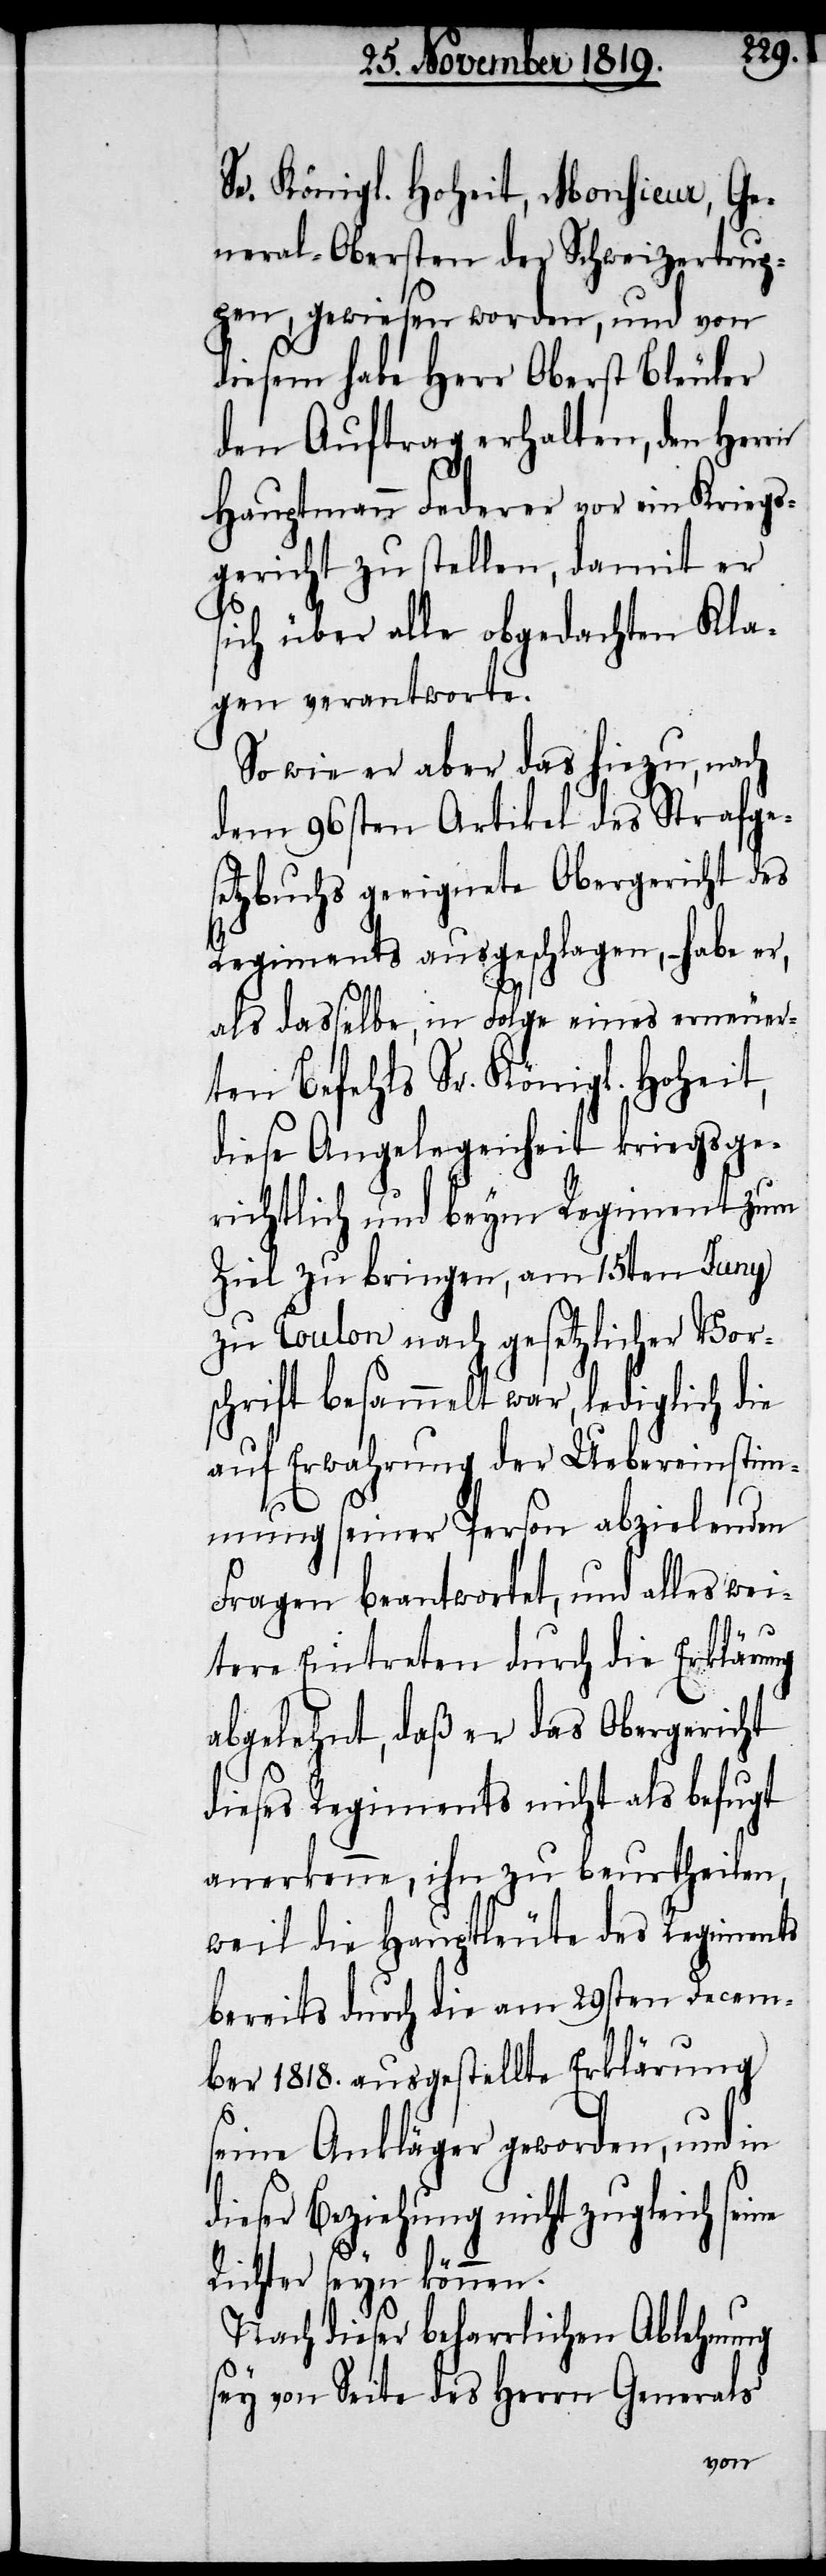
Se. Königl. Hoheit, Monsieur, Ge¬
neral-Obersten der Schweizertrup¬
pen, gewiesen worden, und von
diesem habe Herr Oberst Bleuler
den Auftrag erhalten, den Herrn
Hauptmann Federer vor ein Kriegs¬
gericht zu stellen, damit er
sich über alle obgedachten Kla¬
gen verantworte.
So wie er aber das hiezu, nach
dem 96sten Artikel des Strafges¬
etzbuchs geeignete Obergericht des
Regiments ausgeschlagen – habe er,
als dasselbe, in Folge eines erneuer¬
ten Befehls Sr. Königl. Hoheit,
diese Angelegenheit kriegsge¬
richtlich und beym Regiment zum
Ziel zu bringen, am 15ten Juny
zu Toulon nach gesetzlicher Vor¬
schrift besammelt war, lediglich die
auf Erwahrung der Uebereinstim¬
mung seiner Person abzielenden
Fragen beantwortet, und alles wei¬
tere Eintreten durch die Erklärung
abgelehnt, daß er das Obergericht
dieses Regiments nicht als befugt
anerkenne, ihn zu beurtheilen,
weil die Hauptleute des Regiments
bereits durch die am 29sten Decem¬
ber 1818. ausgestellte Erklärung
seine Ankläger geworden, und in
dieser Beziehung nicht zugleich sei¬
ne
Richter seyn können.
Nach dieser beharrlichen Ablehnung
sey von Seite des Herrn Generals